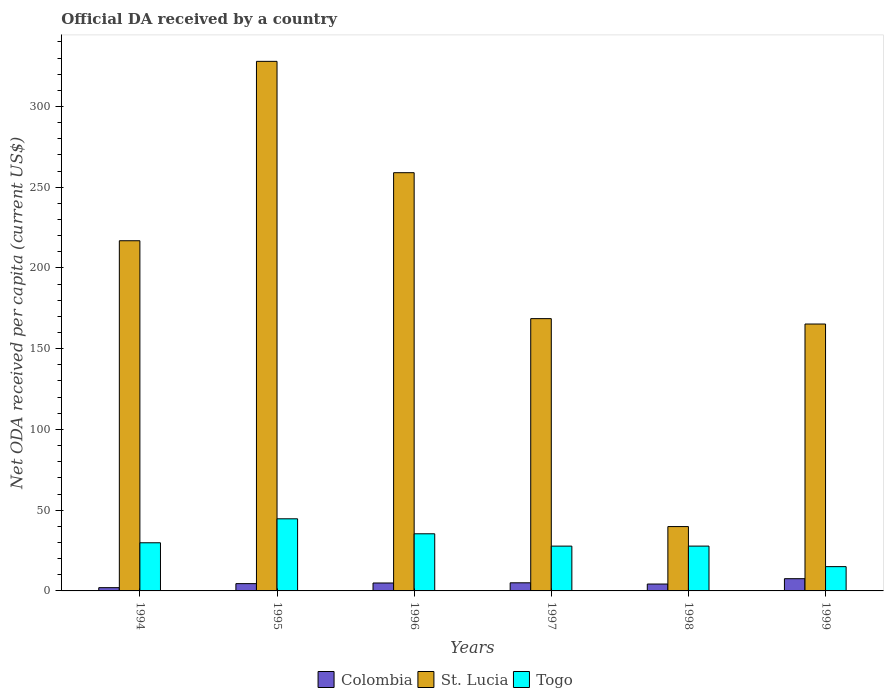
| Years | Colombia | St. Lucia | Togo |
 | --- | --- | --- | --- |
 | 1994 | 2.02 | 217 | 29.8 |
 | 1995 | 4.51 | 328 | 44.7 |
 | 1996 | 4.91 | 259 | 35.4 |
 | 1997 | 5.02 | 169 | 27.7 |
 | 1998 | 4.26 | 39.9 | 27.8 |
 | 1999 | 7.57 | 165 | 15 |